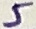
Text: 5